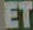
ET